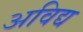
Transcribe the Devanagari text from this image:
अविद्य